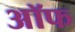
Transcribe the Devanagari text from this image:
अॉफ